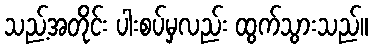
သည့်အတိုင်း ပါးစပ်မှလည်း ထွက်သွားသည်။